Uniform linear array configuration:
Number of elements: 48
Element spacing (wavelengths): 0.75
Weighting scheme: hamming
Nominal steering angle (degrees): -60
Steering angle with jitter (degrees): -60.633
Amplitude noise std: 0.05
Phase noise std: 0.05

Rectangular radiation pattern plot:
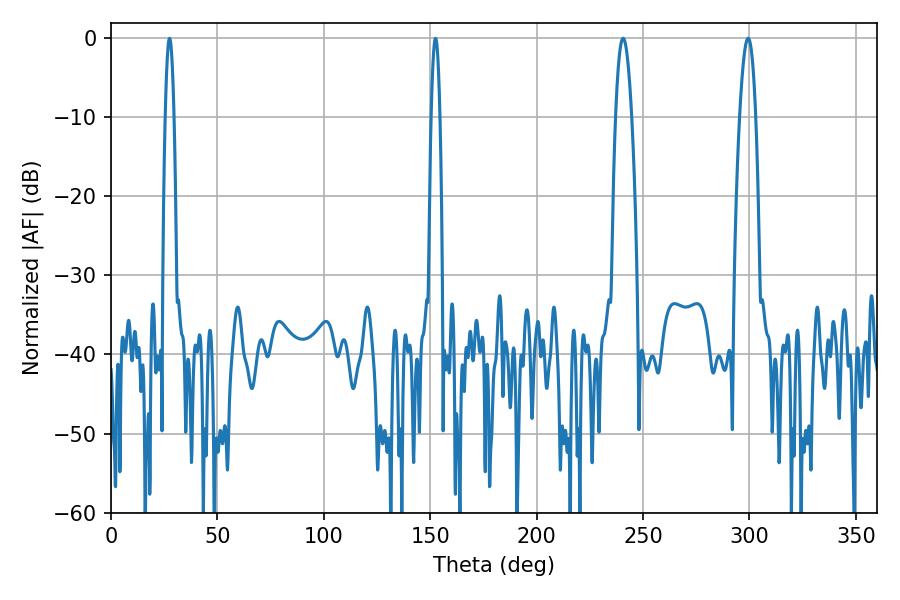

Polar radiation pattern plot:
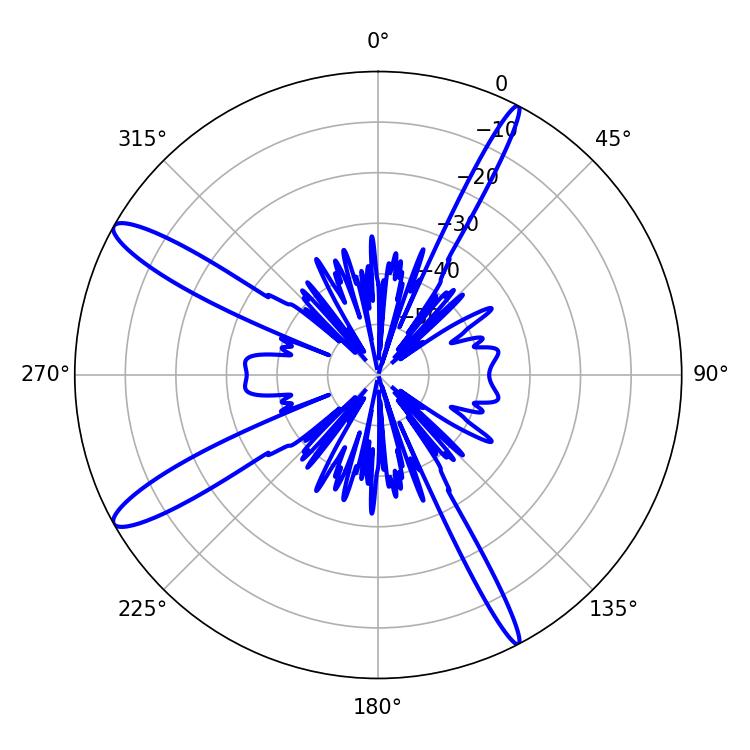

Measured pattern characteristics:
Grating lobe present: TRUE
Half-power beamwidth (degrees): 4.14
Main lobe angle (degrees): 240.66